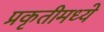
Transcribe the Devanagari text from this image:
प्रकृतीमध्येे